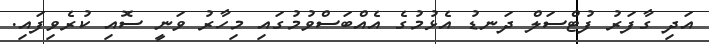
އަދި ގާފަރު ފުޓްސަލް ދަނޑު އެޅުމުގެ އެއްބަސްވުމުގައި މިހާރު ވަނީ ސޮއި ކުރެވިފައި.